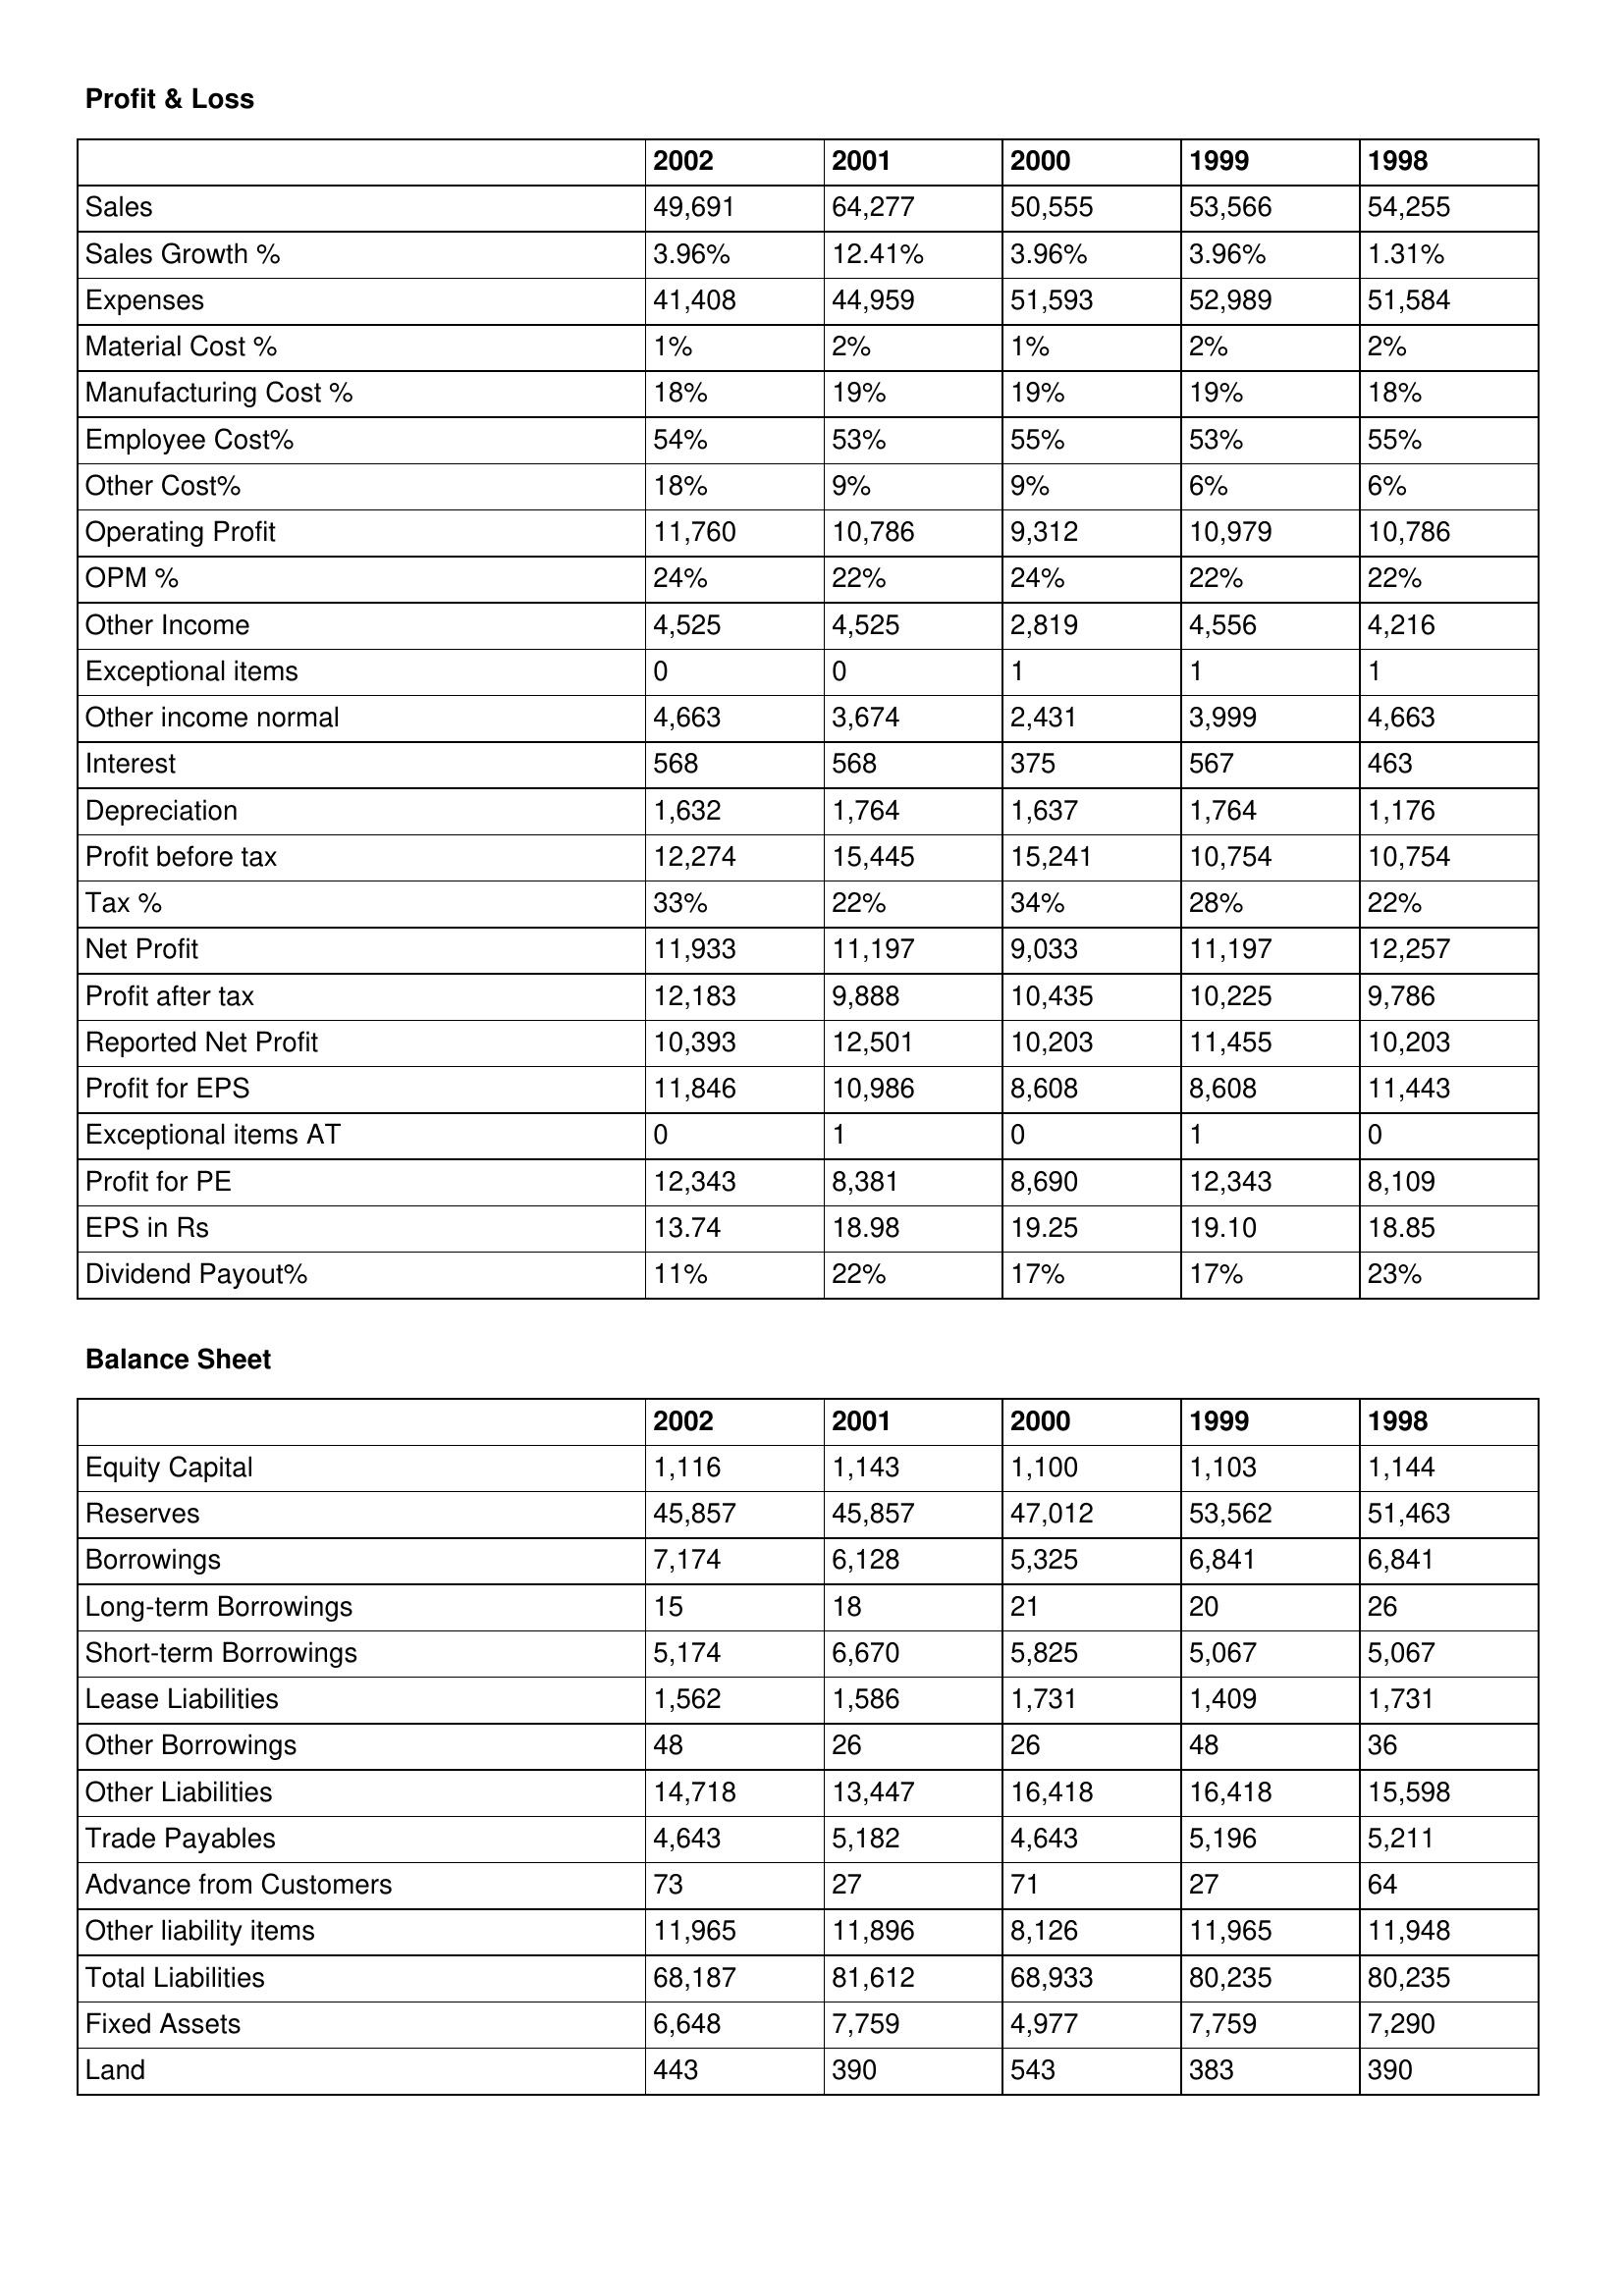
gt_parse: 2002: Profit & Loss: Sales: 49,691
Sales Growth %: 3.96%
Expenses: 41,408
Material Cost %: 1%
Manufacturing Cost %: 18%
Employee Cost%: 54%
Other Cost%: 18%
Operating Profit: 11,760
OPM %: 24%
Other Income: 4,525
Exceptional items: 0
Other income normal: 4,663
Interest: 568
Depreciation: 1,632
Profit before tax: 12,274
Tax %: 33%
Net Profit: 11,933
Profit after tax: 12,183
Reported Net Profit: 10,393
Profit for EPS: 11,846
Exceptional items AT: 0
Profit for PE: 12,343
EPS in Rs: 13.74
Dividend Payout%: 11%
Balance Sheet: Equity Capital: 1,116
Reserves: 45,857
Borrowings: 7,174
Long-term Borrowings: 15
Short-term Borrowings: 5,174
Lease Liabilities: 1,562
Other Borrowings: 48
Other Liabilities: 14,718
Trade Payables: 4,643
Advance from Customers: 73
Other liability items: 11,965
Total Liabilities: 68,187
Fixed Assets: 6,648
Land: 443
2001: Profit & Loss: Sales: 64,277
Sales Growth %: 12.41%
Expenses: 44,959
Material Cost %: 2%
Manufacturing Cost %: 19%
Employee Cost%: 53%
Other Cost%: 9%
Operating Profit: 10,786
OPM %: 22%
Other Income: 4,525
Exceptional items: 0
Other income normal: 3,674
Interest: 568
Depreciation: 1,764
Profit before tax: 15,445
Tax %: 22%
Net Profit: 11,197
Profit after tax: 9,888
Reported Net Profit: 12,501
Profit for EPS: 10,986
Exceptional items AT: 1
Profit for PE: 8,381
EPS in Rs: 18.98
Dividend Payout%: 22%
Balance Sheet: Equity Capital: 1,143
Reserves: 45,857
Borrowings: 6,128
Long-term Borrowings: 18
Short-term Borrowings: 6,670
Lease Liabilities: 1,586
Other Borrowings: 26
Other Liabilities: 13,447
Trade Payables: 5,182
Advance from Customers: 27
Other liability items: 11,896
Total Liabilities: 81,612
Fixed Assets: 7,759
Land: 390
2000: Profit & Loss: Sales: 50,555
Sales Growth %: 3.96%
Expenses: 51,593
Material Cost %: 1%
Manufacturing Cost %: 19%
Employee Cost%: 55%
Other Cost%: 9%
Operating Profit: 9,312
OPM %: 24%
Other Income: 2,819
Exceptional items: 1
Other income normal: 2,431
Interest: 375
Depreciation: 1,637
Profit before tax: 15,241
Tax %: 34%
Net Profit: 9,033
Profit after tax: 10,435
Reported Net Profit: 10,203
Profit for EPS: 8,608
Exceptional items AT: 0
Profit for PE: 8,690
EPS in Rs: 19.25
Dividend Payout%: 17%
Balance Sheet: Equity Capital: 1,100
Reserves: 47,012
Borrowings: 5,325
Long-term Borrowings: 21
Short-term Borrowings: 5,825
Lease Liabilities: 1,731
Other Borrowings: 26
Other Liabilities: 16,418
Trade Payables: 4,643
Advance from Customers: 71
Other liability items: 8,126
Total Liabilities: 68,933
Fixed Assets: 4,977
Land: 543
1999: Profit & Loss: Sales: 53,566
Sales Growth %: 3.96%
Expenses: 52,989
Material Cost %: 2%
Manufacturing Cost %: 19%
Employee Cost%: 53%
Other Cost%: 6%
Operating Profit: 10,979
OPM %: 22%
Other Income: 4,556
Exceptional items: 1
Other income normal: 3,999
Interest: 567
Depreciation: 1,764
Profit before tax: 10,754
Tax %: 28%
Net Profit: 11,197
Profit after tax: 10,225
Reported Net Profit: 11,455
Profit for EPS: 8,608
Exceptional items AT: 1
Profit for PE: 12,343
EPS in Rs: 19.10
Dividend Payout%: 17%
Balance Sheet: Equity Capital: 1,103
Reserves: 53,562
Borrowings: 6,841
Long-term Borrowings: 20
Short-term Borrowings: 5,067
Lease Liabilities: 1,409
Other Borrowings: 48
Other Liabilities: 16,418
Trade Payables: 5,196
Advance from Customers: 27
Other liability items: 11,965
Total Liabilities: 80,235
Fixed Assets: 7,759
Land: 383
1998: Profit & Loss: Sales: 54,255
Sales Growth %: 1.31%
Expenses: 51,584
Material Cost %: 2%
Manufacturing Cost %: 18%
Employee Cost%: 55%
Other Cost%: 6%
Operating Profit: 10,786
OPM %: 22%
Other Income: 4,216
Exceptional items: 1
Other income normal: 4,663
Interest: 463
Depreciation: 1,176
Profit before tax: 10,754
Tax %: 22%
Net Profit: 12,257
Profit after tax: 9,786
Reported Net Profit: 10,203
Profit for EPS: 11,443
Exceptional items AT: 0
Profit for PE: 8,109
EPS in Rs: 18.85
Dividend Payout%: 23%
Balance Sheet: Equity Capital: 1,144
Reserves: 51,463
Borrowings: 6,841
Long-term Borrowings: 26
Short-term Borrowings: 5,067
Lease Liabilities: 1,731
Other Borrowings: 36
Other Liabilities: 15,598
Trade Payables: 5,211
Advance from Customers: 64
Other liability items: 11,948
Total Liabilities: 80,235
Fixed Assets: 7,290
Land: 390